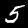
Digit: 5